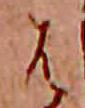
は